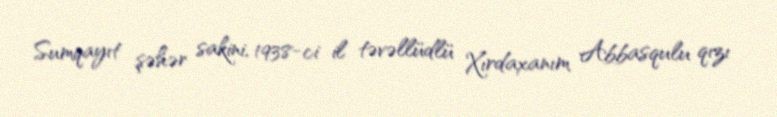
Sumqayıt şəhər sakini, 1938-ci il təvəllüdlü Xırdaxanım Abbasqulu qızı